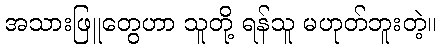
အသားဖြူတွေဟာ သူတို့ ရန်သူ မဟုတ်ဘူးတဲ့။